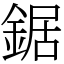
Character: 鋸